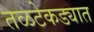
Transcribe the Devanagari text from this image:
तळटेकड्यात